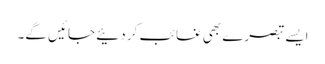
ایسے تبصرے بھی غائب کر دئیے جائیں گے۔